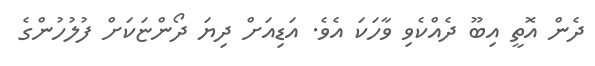
ދެން އޮތީ އިބޫ ދެއްކެވި ވާހަކަ އެވެ. އަޑިއަށް ދިޔަ ދޯންޏަކަށް ފުލުހުންގެ